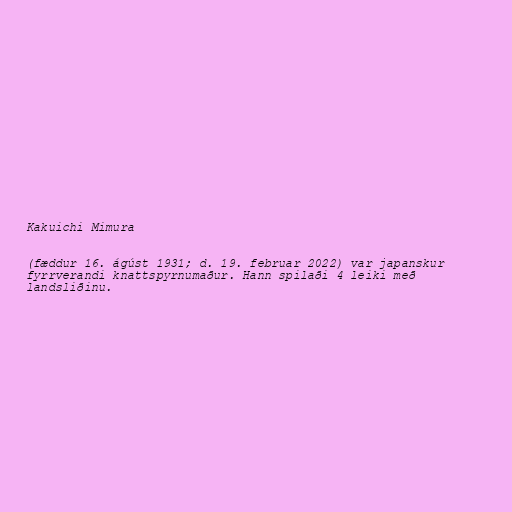
Kakuichi Mimura

(fæddur 16. ágúst 1931; d. 19. februar 2022) var japanskur
fyrrverandi knattspyrnumaður. Hann spilaði 4 leiki með
landsliðinu.